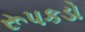
રૂપકડો